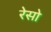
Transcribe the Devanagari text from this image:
रेसो